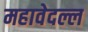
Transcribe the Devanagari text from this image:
महावेदल्ल